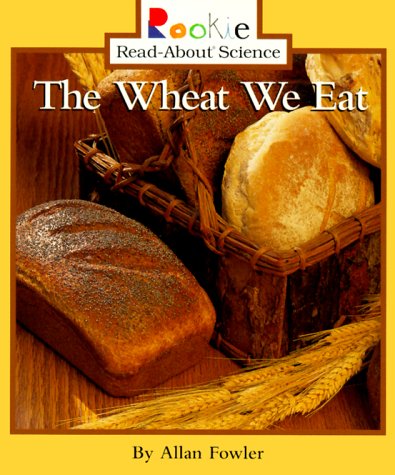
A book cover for Wheat We Eat (Rookie Read-About Science); Allan Fowler; Children's Books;